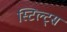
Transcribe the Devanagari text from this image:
स्टिल्ट्स